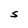
Character: S